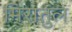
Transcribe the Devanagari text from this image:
मिरातुल